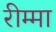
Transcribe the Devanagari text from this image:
रीम्मा